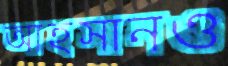
আহসানও